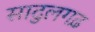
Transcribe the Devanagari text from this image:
सादुलगढ़